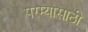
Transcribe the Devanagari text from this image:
परम्यासाठी